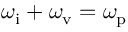
\omega _ { \mathrm { i } } + \omega _ { \mathrm { v } } = \omega _ { \mathrm { p } }